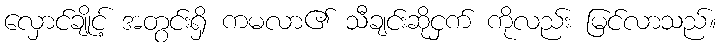
လှောင်ချိုင့် အတွင်းရှိ ကမလာ၏ သီချင်းဆိုငှက် ကိုလည်း မြင်လာသည်။